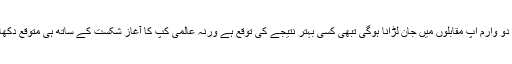
اس لیے اب دو وارم اپ مقابلوں میں جان لڑانا ہوگی تبھی کسی بہتر نتیجے کی توقع ہے ورنہ عالمی کپ کا آغاز شکست کے ساتھ ہی متوقع دکھائی دیتا ہے۔